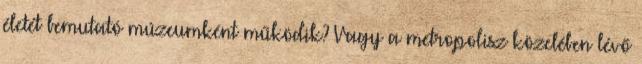
életét bemutató múzeumként működik? Vagy a metropolisz közelében lévő